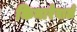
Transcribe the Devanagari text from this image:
किनारेवालें